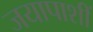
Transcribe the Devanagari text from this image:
जयापाशीं